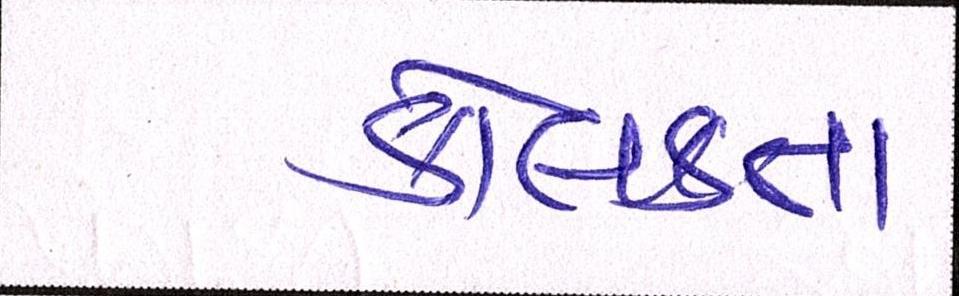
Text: કોલકતા